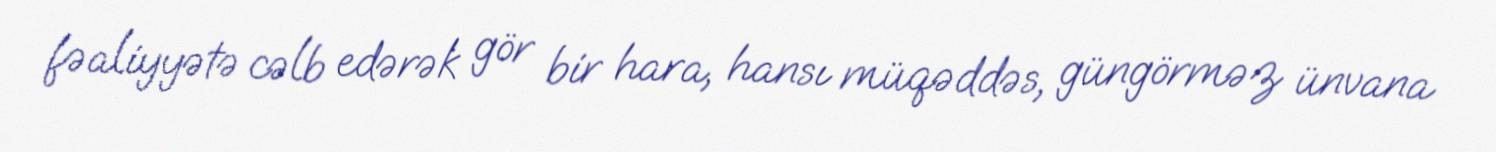
fəaliyyətə cəlb edərək gör bir hara, hansı müqəddəs, güngörməz ünvana